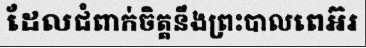
ដែលជំពាក់ចិត្តនឹងព្រះបាលពេអ៊រ